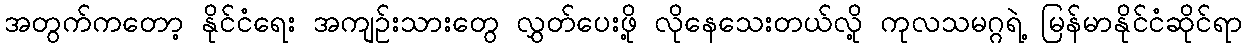
အတွက်ကတော့ နိုင်ငံရေး အကျဉ်းသားတွေ လွှတ်ပေးဖို့ လိုနေသေးတယ်လို့ ကုလသမဂ္ဂရဲ့ မြန်မာနိုင်ငံဆိုင်ရာ